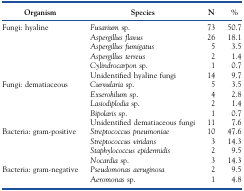
<table><thead><tr><td><b>Organism</b></td><td><b>Species</b></td><td><b>N</b></td><td><b>%</b></td></tr></thead><tbody><tr><td>Fungi: hyaline</td><td><i>Fusarium</i> sp.</td><td>73</td><td>50.7</td></tr><tr><td></td><td><i>Aspergillus flavus</i></td><td>26</td><td>18.1</td></tr><tr><td></td><td><i>Aspergillus fumigatus</i></td><td>5</td><td>3.5</td></tr><tr><td></td><td><i>Aspergillus terreus</i></td><td>2</td><td>1.4</td></tr><tr><td></td><td><i>Cylindrocarpon</i> sp.</td><td>1</td><td>0.7</td></tr><tr><td></td><td>Unidentified hyaline fungi</td><td>14</td><td>9.7</td></tr><tr><td>Fungi: dematiaceous</td><td><i>Curvularia</i> sp.</td><td>5</td><td>3.5</td></tr><tr><td></td><td><i>Exserohilum</i> sp.</td><td>4</td><td>2.8</td></tr><tr><td></td><td><i>Lasiodiplodia</i> sp.</td><td>2</td><td>1.4</td></tr><tr><td></td><td><i>Bipolaris</i> sp.</td><td>1</td><td>0.7</td></tr><tr><td></td><td>Unidentified dematiaceous fungi</td><td>11</td><td>7.6</td></tr><tr><td>Bacteria: gram-positive</td><td><i>Streptococcus pneumoniae</i></td><td>10</td><td>47.6</td></tr><tr><td></td><td><i>Streptococcus viridans</i></td><td>3</td><td>14.3</td></tr><tr><td></td><td><i>Staphylococcus epidermidis</i></td><td>2</td><td>9.5</td></tr><tr><td></td><td><i>Nocardia</i> sp.</td><td>3</td><td>14.3</td></tr><tr><td>Bacteria: gram-negative</td><td><i>Pseudomonas aeruginosa</i></td><td>2</td><td>9.5</td></tr><tr><td></td><td><i>Aeromonas</i> sp.</td><td>1</td><td>4.8</td></tr></tbody></table>